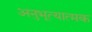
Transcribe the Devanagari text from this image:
अनुभूत्यात्मक